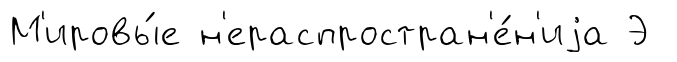
М'ировы́е н'ераспростран'е́н'иjа Э